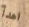
اهدأ